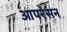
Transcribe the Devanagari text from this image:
आपरेसन